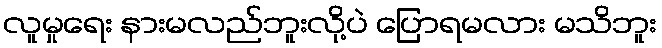
လူမှုရေး နားမလည်ဘူးလို့ပဲ ပြောရမလား မသိဘူး